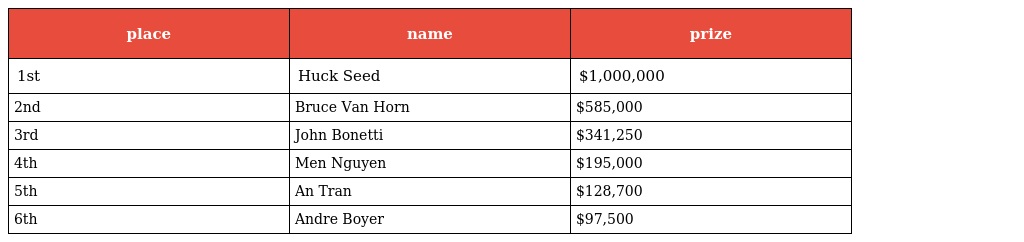
| place | name | prize |
 | --- | --- | --- |
 | 1st | Huck Seed | $1,000,000 |
 | 2nd | Bruce Van Horn | $585,000 |
 | 3rd | John Bonetti | $341,250 |
 | 4th | Men Nguyen | $195,000 |
 | 5th | An Tran | $128,700 |
 | 6th | Andre Boyer | $97,500 |